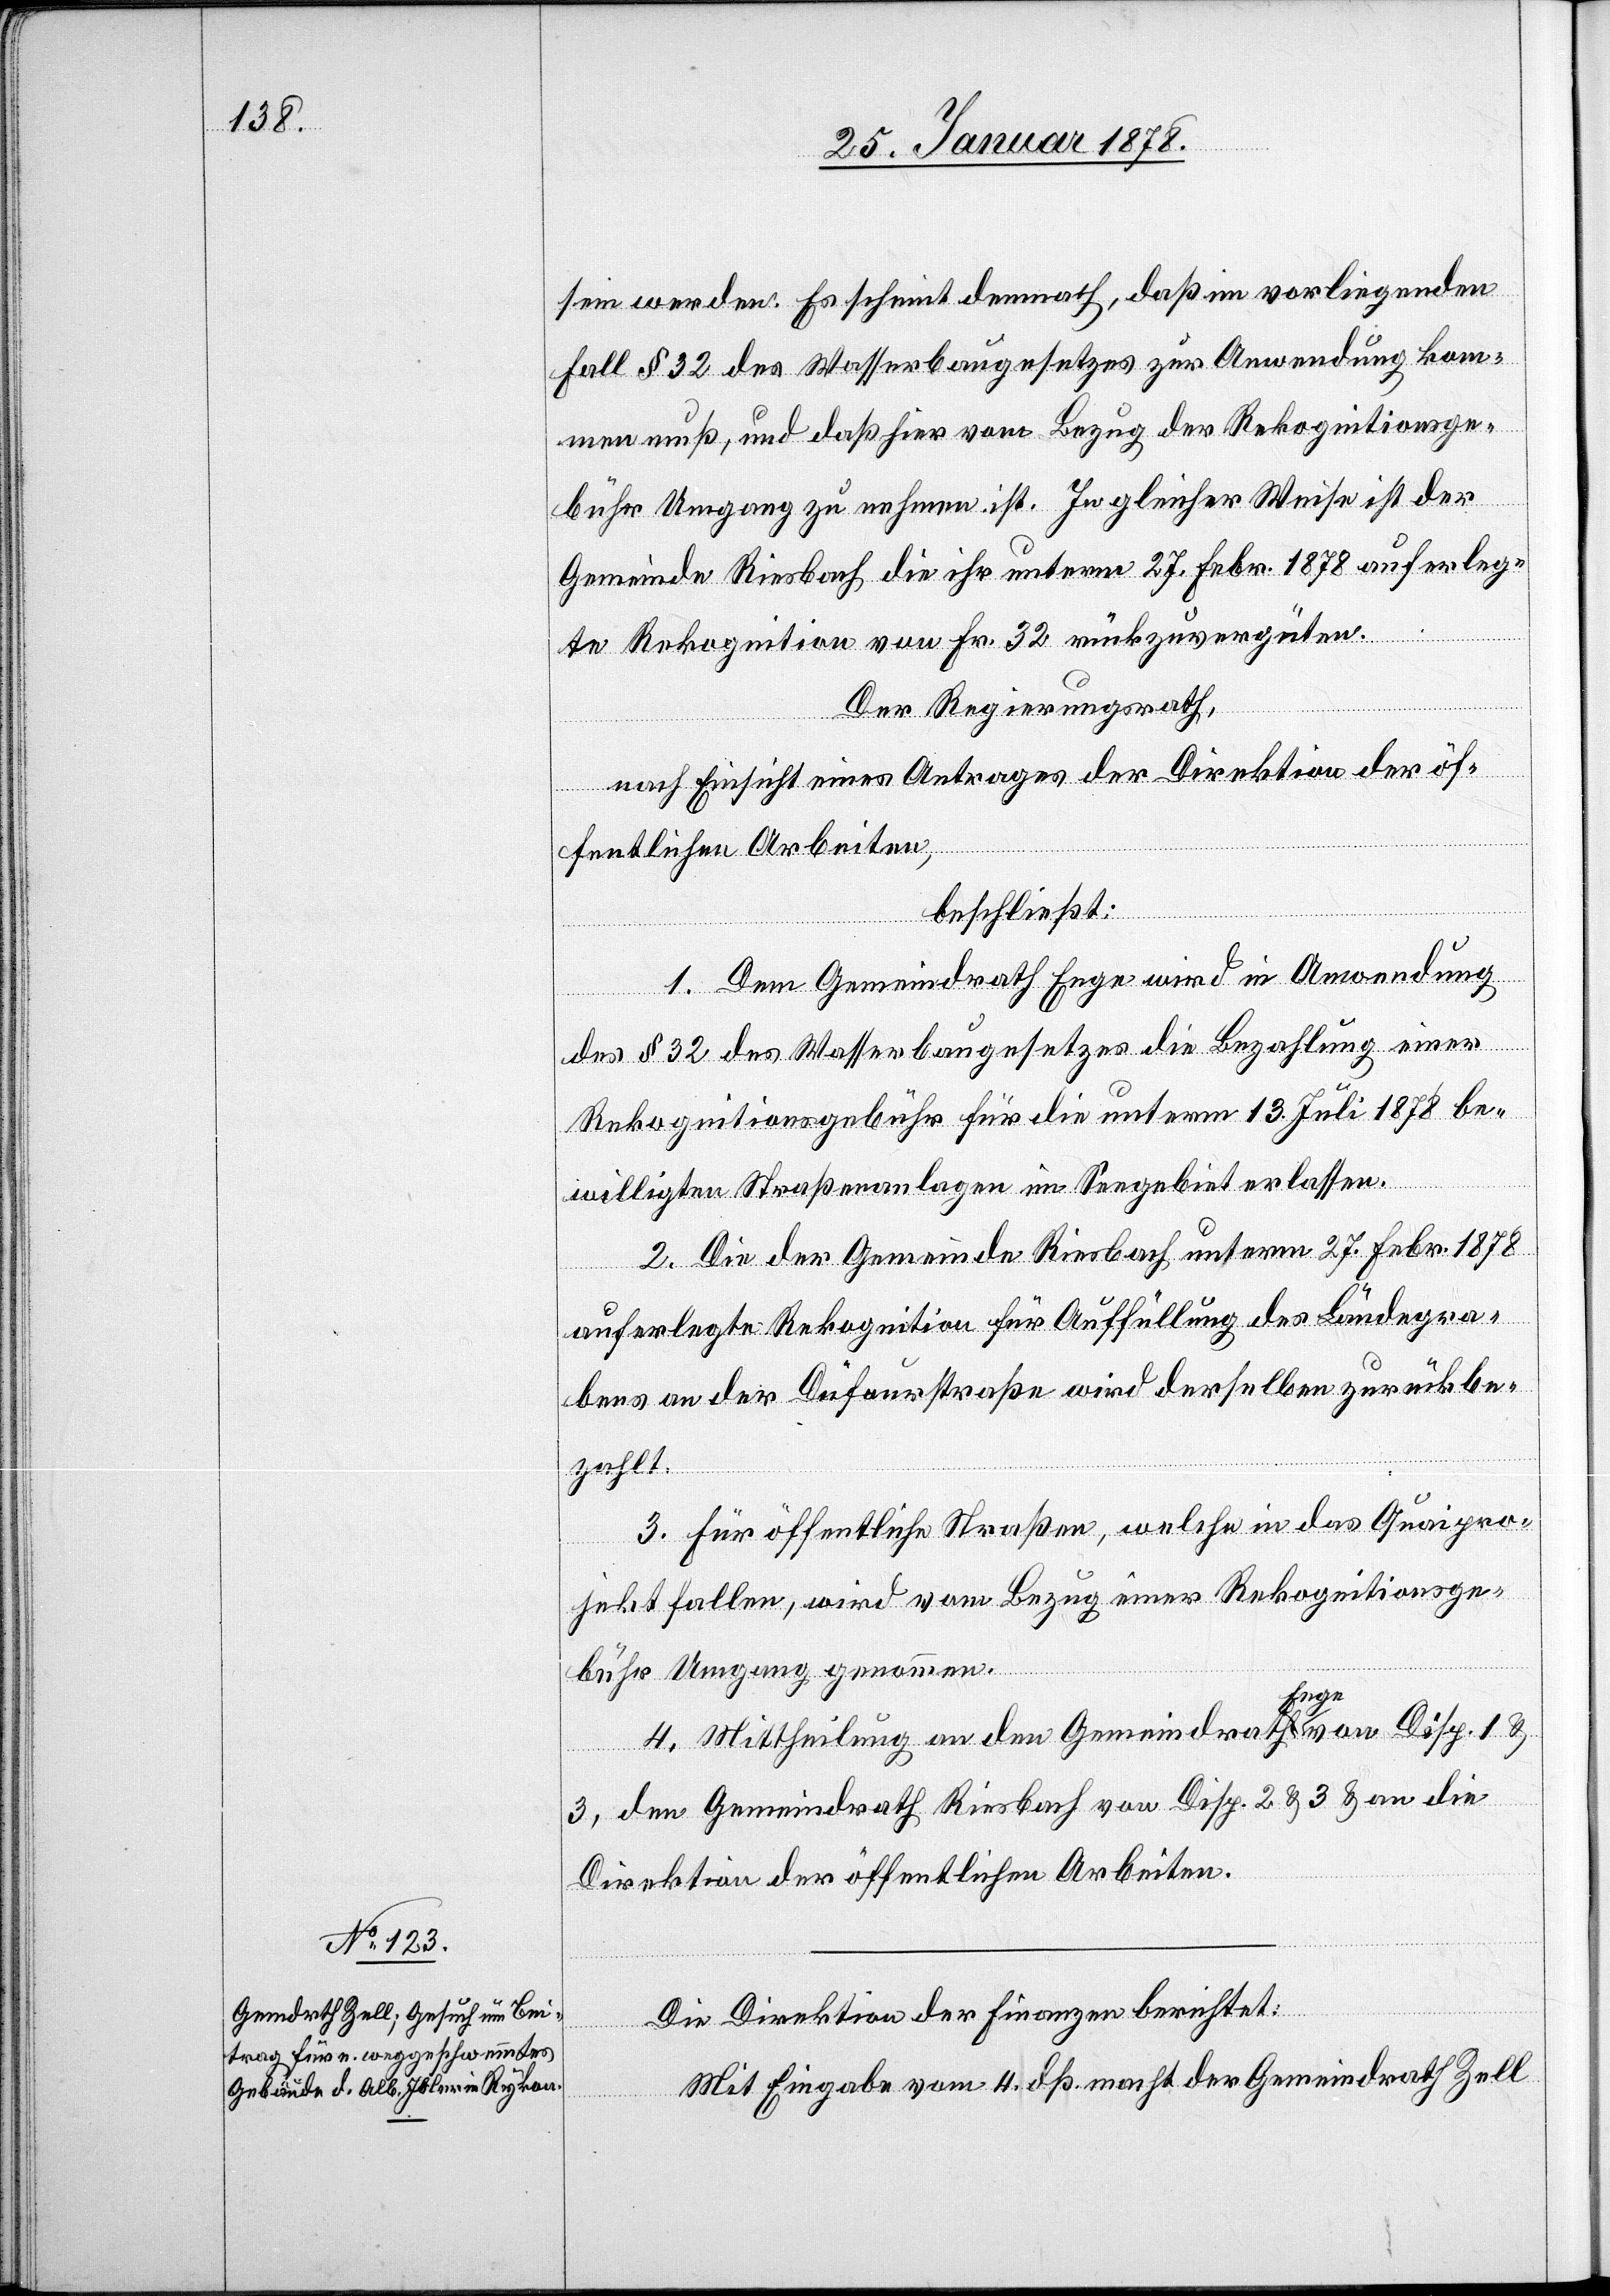
sein werden. Es scheint demnach, daß im vorliegenden
Fall § 32 des Wasserbaugesetzes zur Anwendung kom¬
men muß, und daß hier vom Bezug der Rekognitionsge¬
bühr Umgang zu nehmen ist. In gleicher Weise ist der
Gemeinde Riesbach die ihr unterm 27. Febr. 1878 auferleg¬
te Rekognition von Fr. 32 rückzuvergüten.
Der Regierungsrath,
nach Einsicht eines Antrages der Direktion der öf¬
fentlichen Arbeiten,
beschließt:
1. Dem Gemeindrath Enge wird in Anordnung
des § 32 des Wasserbaugesetzes die Bezahlung einer
Rekognitionsgebühr für die unterm 13. Juli 1878 be¬
willigten Straßenanlagen im Seegebiet erlassen.
2. Die der Gemeinde Riesbach unterm 27. Febr. 1878
auferlegte Rekognition für Auffüllung des Ländegra¬
bens an der Düfourstraße wird derselben zurückbe¬
zahlt.
3. Für öffentliche Straßen, welche in das Quaipro¬
jekt fallen, wird vom Bezug einer Rekognitionsge¬
bühr Umgang genommen.
4. Mittheilung an den Gemeindrath a-Enge-avon Disp. 1 &
3, den Gemeindrath Riesbach von Disp. 2 & 3 & an die
Direktion der öffentlichen Arbeiten.
Die Direktion des Innern berichtet:
Mit Eingabe vom 4. dß. macht der Gemeindrath Zell